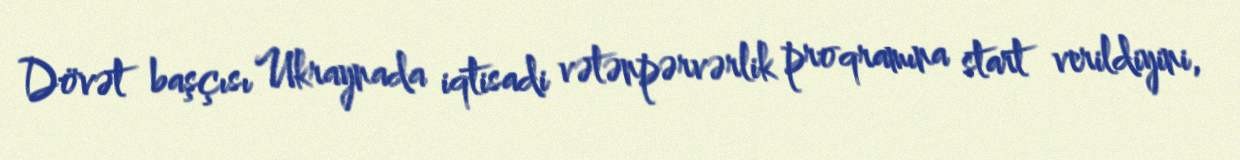
Dövət başçısı Ukraynada iqtisadi vətənpərvərlik proqramına start verildiyini,